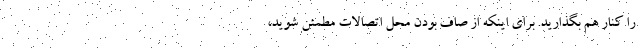
را کنار هم بگذارید. برای اینکه از صاف بودن محل اتصالات مطمئن شوید،